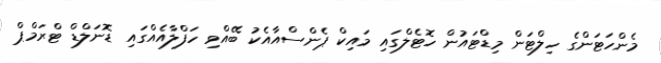
މެންހަޓަންގެ ހިލްޓަން މިޑްޓައުން ހޮޓެލްގައި މައިކް ޕެންސްއާއެކު ބޭއްވި ހަފްލާއެއްގައި ޑޮނަލްޑް ޓްރަމްޕް